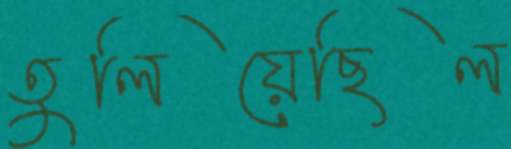
তুলিয়েছিল